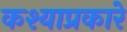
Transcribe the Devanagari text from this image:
कश्याप्रकारे